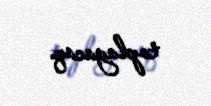
toplayacaq.